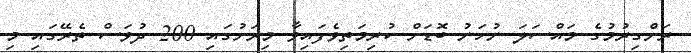
ރަށްގިރުމުގެ މައްސަލަ ނުހަނު ބޮޑަށް ކުރިމަތިވެފައިވާ މިރަށުގައި 200 ދުވަސް ތެރޭގައި މި